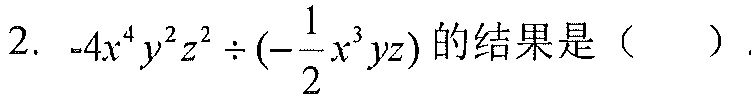
2. \(-4x^{4}y^{2}z^{2}\div\left(-\frac{1}{2}x^{3}yz\right)\)的结果是（  ）.